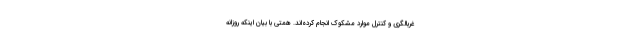
غربالگری و کنترل موارد مشکوک انجام کرده‌اند. همتی با بیان اینکه روزانه